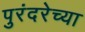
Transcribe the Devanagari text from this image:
पुरंदरेच्या